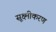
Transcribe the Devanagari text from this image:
सूक्ष्मीकरण